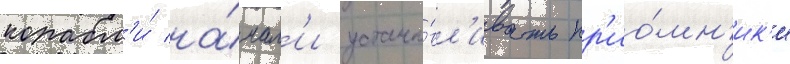
корабл'и́ на́чал'и устана́вл'ивать пр'ио́мн'ик'и